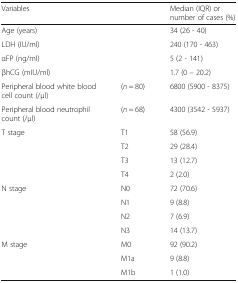
| Variables |  | Median (IQR) or number of cases (%) |
 | --- | --- | --- |
 | Age (years) |  | 34 (26 - 40) |
 | LDH (IU/ml) |  | 240 (170 - 463) |
 | αFP (ng/ml) |  | 5 (2 - 141) |
 | βhCG (mIU/ml) |  | 1.7 (0 – 20.2) |
 | Peripheral blood white blood cell count (/μl) | (n = 80) | 6800 (5900 - 8375) |
 | Peripheral blood neutrophil count (/μl) | (n = 68) | 4300 (3542 - 5937) |
 | <ROWSPAN=4> T stage | T1 | 58 (56.9) |
 | T2 | 29 (28.4) |
 | T3 | 13 (12.7) |
 | T4 | 2 (2.0) |
 | <ROWSPAN=4> N stage | N0 | 72 (70.6) |
 | N1 | 9 (8.8) |
 | N2 | 7 (6.9) |
 | N3 | 14 (13.7) |
 | <ROWSPAN=3> M stage | M0 | 92 (90.2) |
 | M1a | 9 (8.8) |
 | M1b | 1 (1.0) |